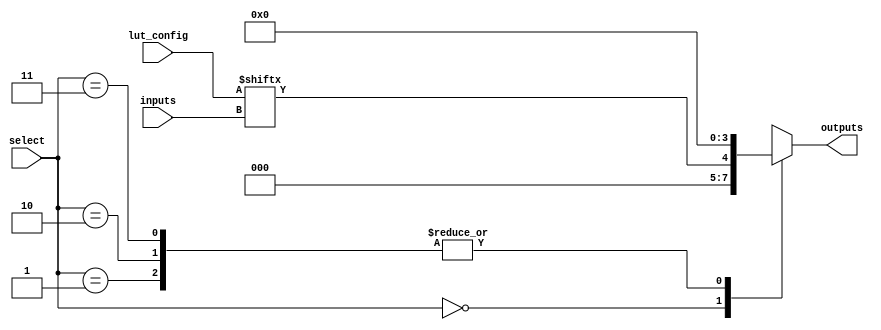
module CLB (
    input wire [3:0] inputs,          // 4 inputs for the LUT
    input wire [1:0] select,          // Selector for multiplexer
    input wire [15:0] lut_config,     // LUT configuration (4-input -> 16-bit truth table)
    output wire [3:0] outputs         // 4 outputs
);

    // Internal wire for LUT output
    wire [3:0] lut_output;

    // LUT implementation
    // Each input combination maps to the corresponding output based on the configuration
    assign lut_output = lut_config[{inputs[3], inputs[2], inputs[1], inputs[0]}];

    // Multiplexer to select the output based on the select signal
    always @(*) begin
        case (select)
            2'b00: outputs = lut_output[0]; // Select first LUT output
            2'b01: outputs = lut_output[1]; // Select second LUT output
            2'b10: outputs = lut_output[2]; // Select third LUT output
            2'b11: outputs = lut_output[3]; // Select fourth LUT output
            default: outputs = 4'b0000;      // Default case
        endcase
    end

endmodule